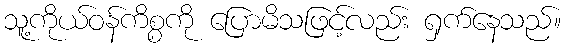
သူ့ကိုယ်ဝန်ကိစ္စကို ပြောမိသဖြင့်လည်း ရှက်နေသည်။